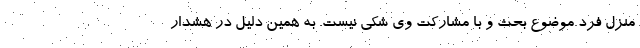
منزل فرد موضوع بحث و با مشارکت وی شکی نیست. به همین دلیل در هشدار